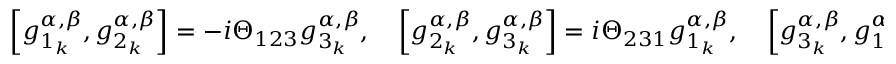
\left[ g _ { 1 _ { k } } ^ { \alpha , \beta } , g _ { 2 _ { k } } ^ { \alpha , \beta } \right] = - i \Theta _ { 1 2 3 } g _ { 3 _ { k } } ^ { \alpha , \beta } , \quad \left[ g _ { 2 _ { k } } ^ { \alpha , \beta } , g _ { 3 _ { k } } ^ { \alpha , \beta } \right] = i \Theta _ { 2 3 1 } g _ { 1 _ { k } } ^ { \alpha , \beta } , \quad \left[ g _ { 3 _ { k } } ^ { \alpha , \beta } , g _ { 1 _ { k } } ^ { \alpha , \beta } \right] = i \Theta _ { 3 1 2 } g _ { 2 _ { k } } ^ { \alpha , \beta } ,